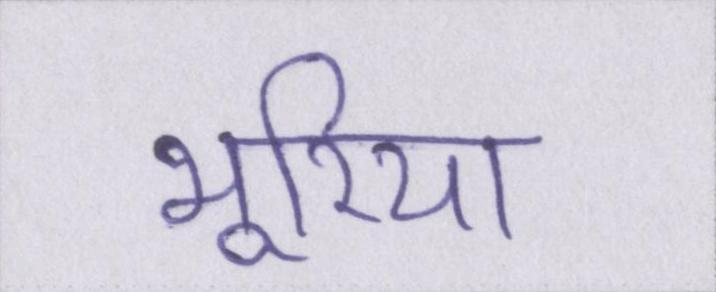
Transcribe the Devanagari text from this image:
भूरिया